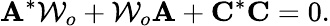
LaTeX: \mathbf{A}^{*}\mathcal{W}_{o}+\mathcal{W}_{o}\mathbf{A}+\mathbf{C}^{*}\mathbf{C}=0.